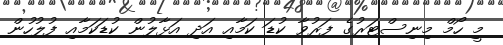
މީ ހޯމް މިނިސްޓަރުގެ ފަރުވާ ކުޑަ ކަމާއި އަދި އަޅާލުން ކުޑަކަމާއި ފުލުހުން